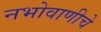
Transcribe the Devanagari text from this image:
नभोवाणीचे